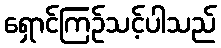
ရှောင်ကြဉ်သင့်ပါသည်